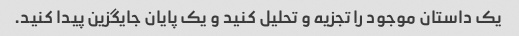
یک داستان موجود را تجزیه و تحلیل کنید و یک پایان جایگزین پیدا کنید.